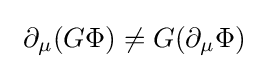
\ \partial _{\mu }(G\Phi )\neq G(\partial _{\mu }\Phi )